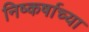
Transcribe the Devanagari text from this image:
निष्कर्षाच्या